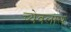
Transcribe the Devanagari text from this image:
च्येवलास